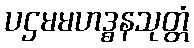
ပဌမမဟဒ္ဓနသုတ္တံ